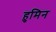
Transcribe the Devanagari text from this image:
हुमिन